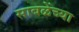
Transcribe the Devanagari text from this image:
साबळेंच्या